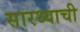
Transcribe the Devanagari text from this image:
सारथ्याची